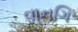
વાનગિ